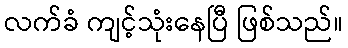
လက်ခံ ကျင့်သုံးနေပြီ ဖြစ်သည်။